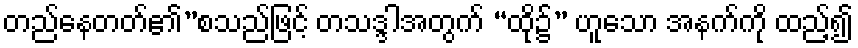
တည်နေတတ်၏”စသည်ဖြင့် တသဒ္ဒါအတွက် “ထို၌” ဟူသော အနက်ကို ထည့်၍